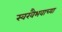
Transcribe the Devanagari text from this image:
स्वरवैभवाच्या